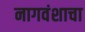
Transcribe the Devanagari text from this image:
नागवंशाचा